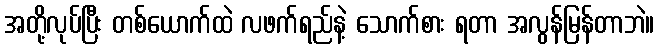
အတို့လုပ်ပြီး တစ်ယောက်ထဲ လဖက်ရည်နဲ့ သောက်စား ရတာ အလွန်မြန်တာဘဲ။